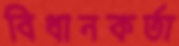
বিধানকর্তা